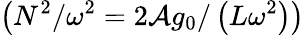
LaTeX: \left(N^{2}/\omega^{2}=2\mathcal{A}g_{0}/\left(L\omega^{2}\right)\right)